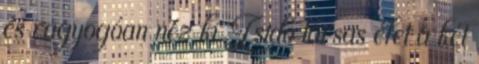
és ragyogóan néz ki Zsidó társas élet a két